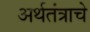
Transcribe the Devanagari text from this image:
अर्थतंत्राचे